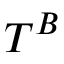
T ^ { B }